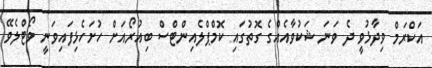
އަކްރަމް ވިދާޅުވީ ދެ ވަނަ ޝަކުވާއެއްގެ ގޮތުގައި ކޮމްޕްލެއިންޓްސް ބިއުރޯއަށް ހުށަހެޅިފައިވަނީ ވޯޓްލެވޭ